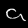
Label: 9